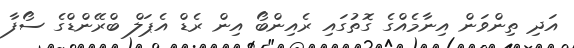
އަދި ތިންވަން އިނާމެއްގެ ގޮތުގައި ރެއިންބޯ އިން ރެޑް އެޕަލް ބްރޭންޑްގެ ސޯފާ